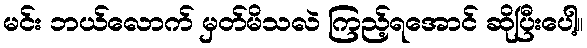
မင်း ဘယ်လောက် မှတ်မိသလဲ ကြည့်ရအောင် ဆိုပြီးပေါ့။